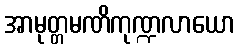
အာမုတ္တမဏိကုဏ္ဍလာယော